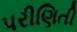
પરીણિતી